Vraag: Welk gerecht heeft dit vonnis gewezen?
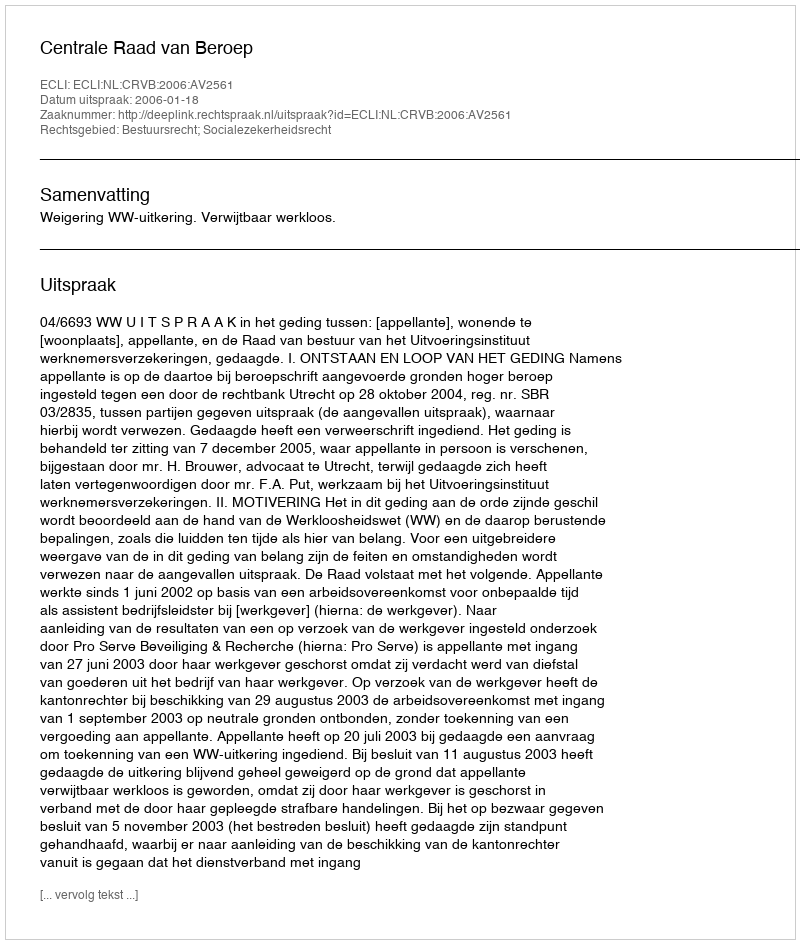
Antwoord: Centrale Raad van Beroep